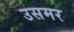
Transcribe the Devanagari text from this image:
उसमर